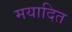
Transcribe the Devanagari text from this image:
मयादित